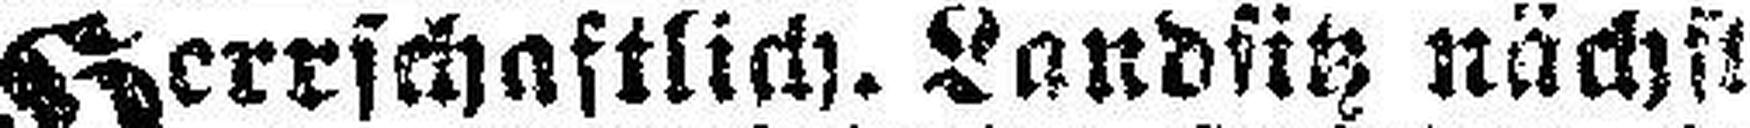
Herrschaftlich. Landsitz nächst